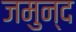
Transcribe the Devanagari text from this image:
जमुन्द